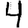
Digit: 4